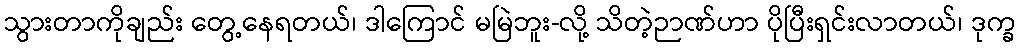
သွားတာကိုချည်း တွေ့နေရတယ်၊ ဒါကြောင် မမြဲဘူး-လို့ သိတဲ့ဉာဏ်ဟာ ပိုပြီးရှင်းလာတယ်၊ ဒုက္ခ